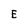
Character: E